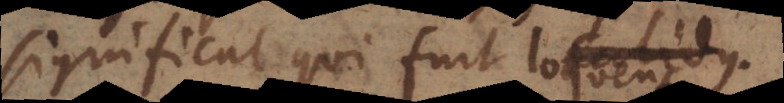
significat qui fuit calidus.